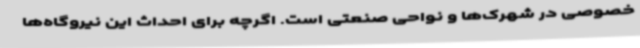
خصوصی در شهرک‌ها و نواحی صنعتی است. اگرچه برای احداث این نیروگاه‌ها